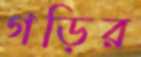
গড়ির